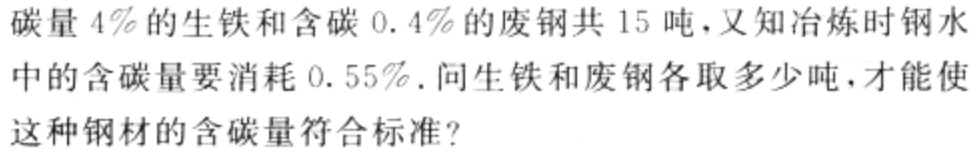
碳量 \(4\%\)的生铁和含碳 \(0.4\%\)的废钢共 \(15\)吨，又知冶炼时钢水中的含碳量要消耗 \(0.55\%\)．问生铁和废钢各取多少吨，才能使这种钢材的含碳量符合标准？